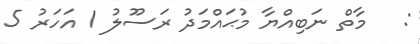
:   މާތް ނަބިއްޔާ މުޙައްމަދު ރަސޫލު 1 އަހަރު 5